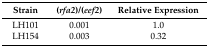
<table><thead><tr><td><b>Strain</b></td><td><b>(<i>rfa2</i>)/(<i>eef2</i>)</b></td><td><b>Relative Expression</b></td></tr></thead><tbody><tr><td>LH101</td><td>0.001</td><td>1.0</td></tr><tr><td>LH154</td><td>0.003</td><td>0.32</td></tr></tbody></table>